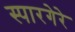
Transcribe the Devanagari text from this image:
स्पारगेरे